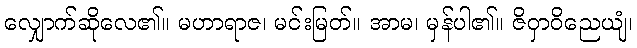
လျှောက်ဆိုလေ၏။ မဟာရာဇ၊ မင်းမြတ်။ အာမ၊ မှန်ပါ၏။ ဇိဝှာဝိညေယျံ၊